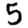
Digit: 5